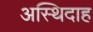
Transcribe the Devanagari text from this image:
अस्थिदाह